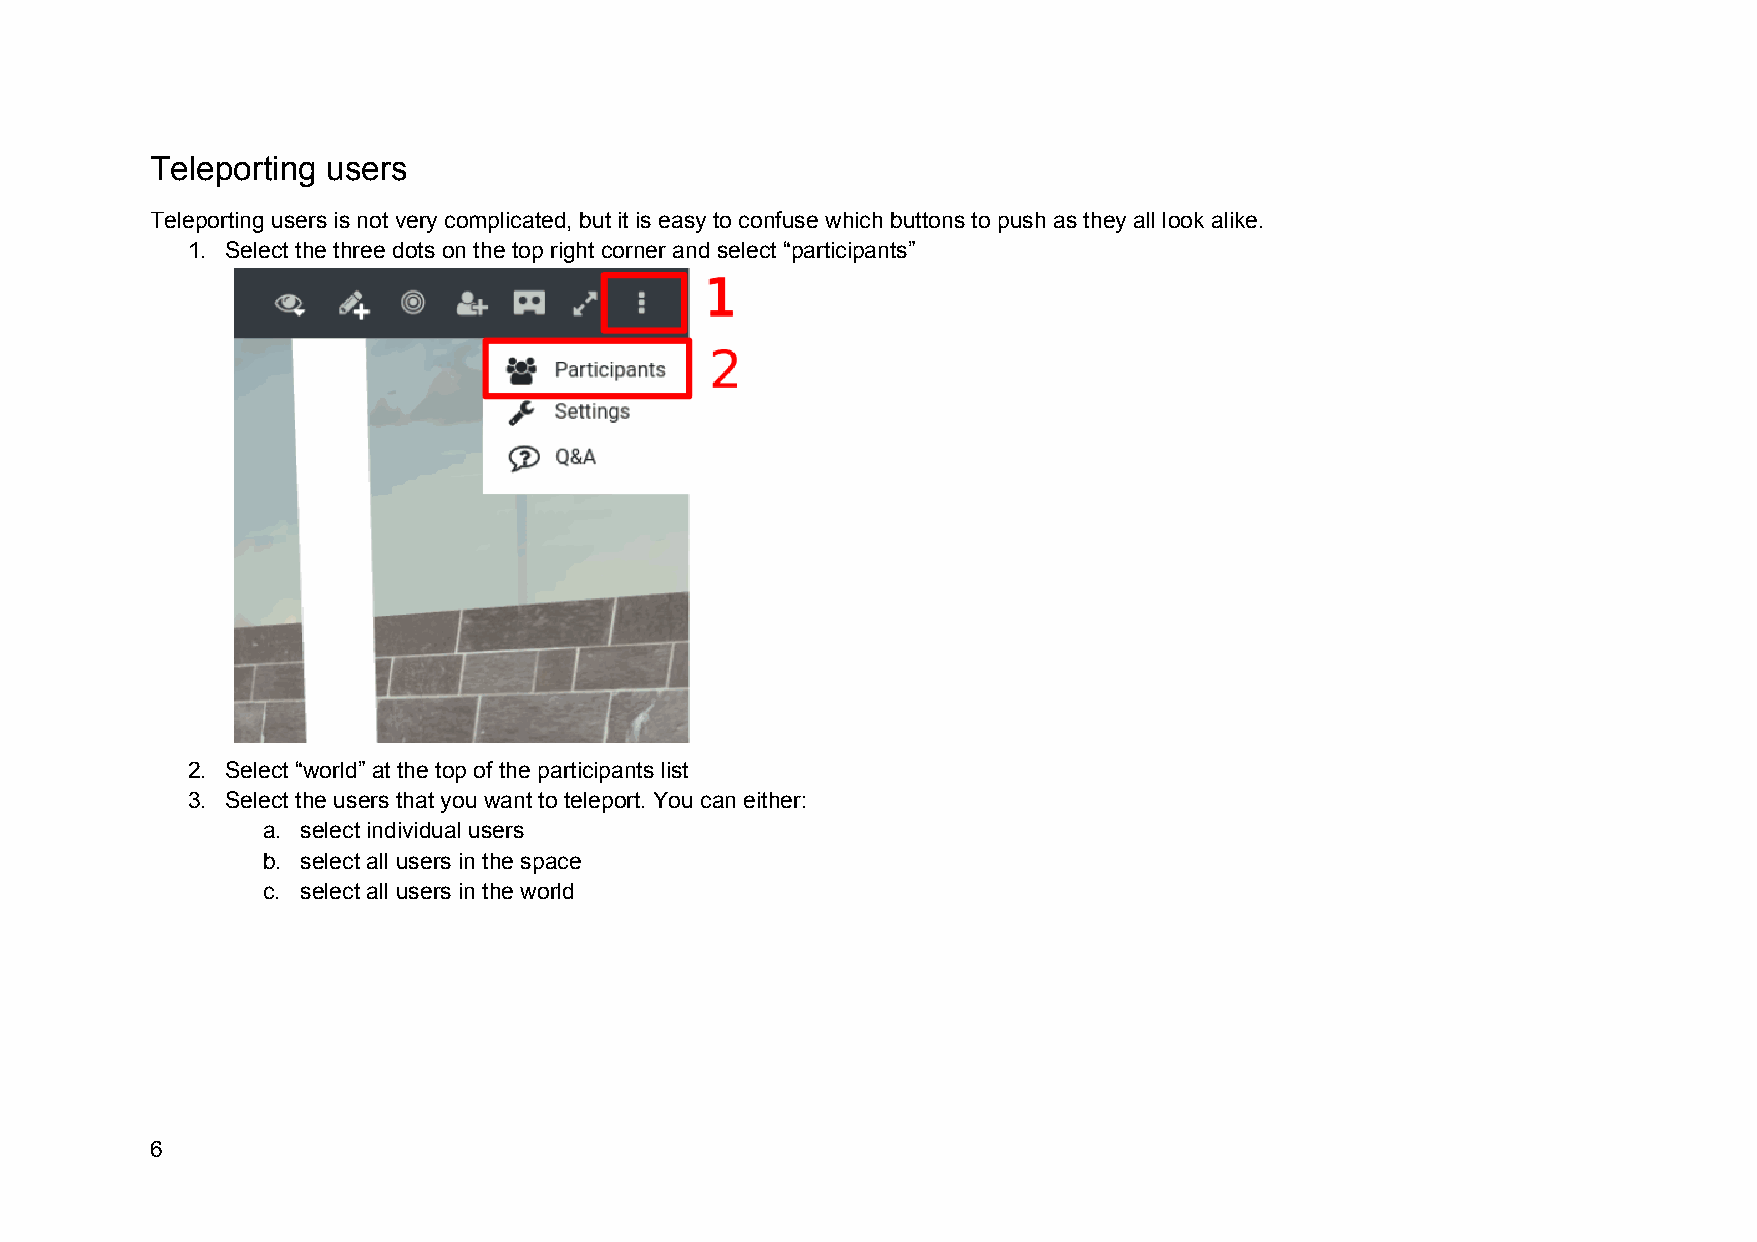
Teleporting users
 Teleporting users is not very complicated, but it is easy to confuse which buttons to push as they all look alike.
 1. Select the three dots on the top right corner and select “participants”
 2. Select “world” at the top of the participants list
 3. Select the users that you want to teleport. You can either:
 a. select individual users
 b. select all users in the space
 c. select all users in the world
 6